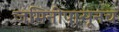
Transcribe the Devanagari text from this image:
जमिनीपासूनच